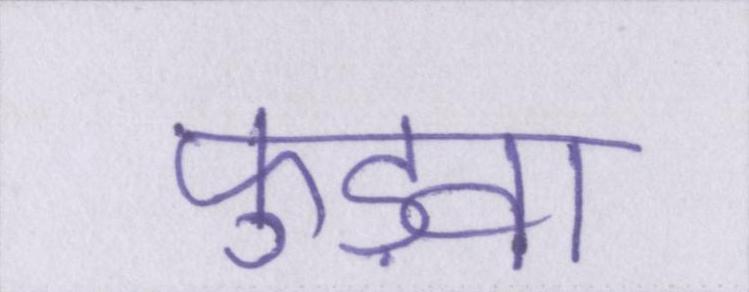
फुड़वा